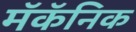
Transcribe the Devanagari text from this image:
मॅकॅनिक